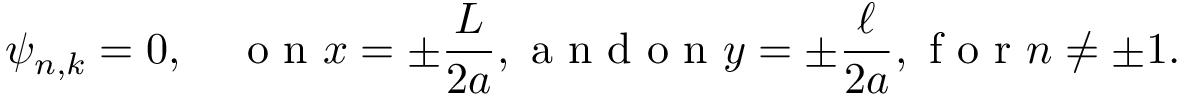
\psi _ { n , k } = 0 , \quad \mathrm { ~ o ~ n ~ } x = \pm \frac { L } { 2 a } , \mathrm { ~ a ~ n ~ d ~ o ~ n ~ } y = \pm \frac { \ell } { 2 a } , \mathrm { ~ f ~ o ~ r ~ } n \neq \pm 1 .